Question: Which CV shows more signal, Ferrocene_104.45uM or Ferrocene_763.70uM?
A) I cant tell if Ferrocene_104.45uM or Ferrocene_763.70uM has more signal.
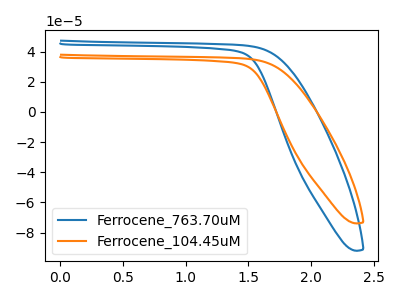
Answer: <think>The blue curve "Ferrocene_763.70uM" has no peaks. The orange curve "Ferrocene_104.45uM" has no peaks.
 Neither "Ferrocene_104.45uM" or "Ferrocene_763.70uM" have any peaks.</think>
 <answer>A) I cant tell if "Ferrocene_104.45uM" or "Ferrocene_763.70uM" has more signal.</answer>
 <eval>A</eval>